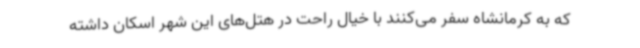
که به کرمانشاه سفر می‌کنند با خیال راحت در هتل‌های این شهر اسکان داشته